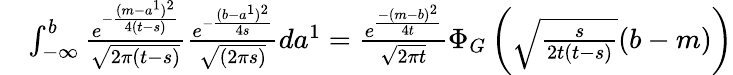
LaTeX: \begin{array}{rl}&{\int_{-\infty}^{b}\frac{e^{-\frac{(m-a^{1})^{2}}{4(t-s)}}}{\sqrt{2\pi(t-s)}}\frac{e^{-\frac{(b-a^{1})^{2}}{4s}}}{\sqrt{(2\pi s)}}da^{1}=\frac{e^{\frac{-(m-b)^{2}}{4t}}}{\sqrt{2\pi t}}\Phi_{G}\left(\sqrt{\frac{s}{2t(t-s)}}(b-m)\right)}\end{array}